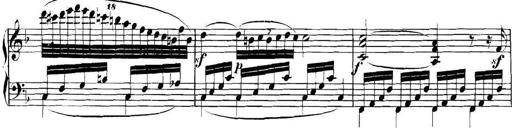
Title: Collected Piano Sonatas
Composer: Muzio Clementi